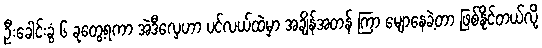
ဦးခေါင်းခွံ ၆ ခုတွေ့ရကာ အဲဒီလှေဟာ ပင်လယ်ထဲမှာ အချိန်အတန် ကြာ မျောနေခဲ့တာ ဖြစ်နိုင်တယ်လို့